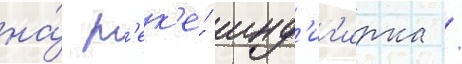
на́ р'ек'е́ инд'иг'ирка /